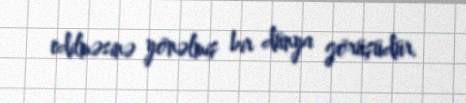
edilməsinə yönəlmiş bir dünya görüşüdür.